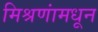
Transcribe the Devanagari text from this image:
मिश्रणांमधून